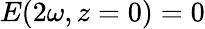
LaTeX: E(2\omega,z=0)=0